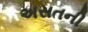
અસતની